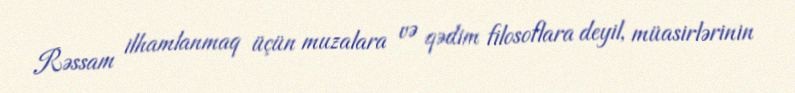
Rəssam ilhamlanmaq üçün muzalara və qədim filosoflara deyil, müasirlərinin